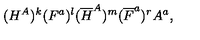
( H ^ { A } ) ^ { k } ( F ^ { a } ) ^ { l } ( { \overline { H } } ^ { A } ) ^ { m } ( { \overline { F } } ^ { a } ) ^ { r } A ^ { a } ,